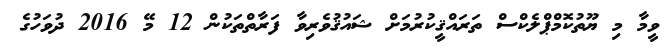
ވީމާ މި ޔޫތުކޮމްޕްލެކްސް ތަރައްޤީކުރުމަށް ޝައުޤުވެރިވާ ފަރާތްތަކުން 12 މޭ 2016 ދުވަހުގެ